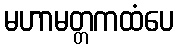
မဟာမတ္တကထံပေ